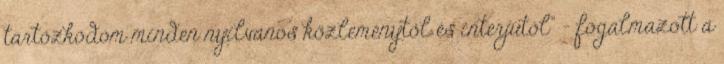
tartózkodom minden nyilvános közleménytől és interjútól” – fogalmazott a